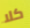
كلا